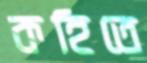
কহিতে